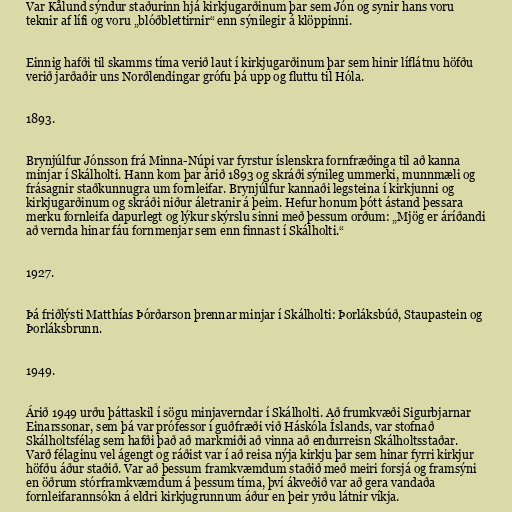
Var Kålund sýndur staðurinn hjá kirkjugarðinum þar sem Jón og synir hans voru
teknir af lífi og voru „blóðblettirnir“ enn sýnilegir á klöppinni.

Einnig hafði til skamms tíma verið laut í kirkjugarðinum þar sem hinir líflátnu höfðu
verið jarðaðir uns Norðlendingar grófu þá upp og fluttu til Hóla.

1893.

Brynjúlfur Jónsson frá Minna-Núpi var fyrstur íslenskra fornfræðinga til að kanna
minjar í Skálholti. Hann kom þar árið 1893 og skráði sýnileg ummerki, munnmæli og
frásagnir staðkunnugra um fornleifar. Brynjúlfur kannaði legsteina í kirkjunni og
kirkjugarðinum og skráði niður áletranir á þeim. Hefur honum þótt ástand þessara
merku fornleifa dapurlegt og lýkur skýrslu sinni með þessum orðum: „Mjög er áríðandi
að vernda hinar fáu fornmenjar sem enn finnast í Skálholti.“

1927.

Þá friðlýsti Matthías Þórðarson þrennar minjar í Skálholti: Þorláksbúð, Staupastein og
Þorláksbrunn.

1949.

Árið 1949 urðu þáttaskil í sögu minjaverndar í Skálholti. Að frumkvæði Sigurbjarnar
Einarssonar, sem þá var prófessor í guðfræði við Háskóla Íslands, var stofnað
Skálholtsfélag sem hafði það að markmiði að vinna að endurreisn Skálholtsstaðar.
Varð félaginu vel ágengt og ráðist var í að reisa nýja kirkju þar sem hinar fyrri kirkjur
höfðu áður staðið. Var að þessum framkvæmdum staðið með meiri forsjá og framsýni
en öðrum stórframkvæmdum á þessum tíma, því ákveðið var að gera vandaða
fornleifarannsókn á eldri kirkjugrunnum áður en þeir yrðu látnir víkja.